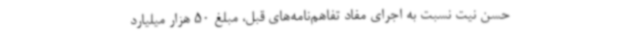
حسن نیت نسبت به اجرای مفاد تفاهم‌نامه‌های قبل، مبلغ 50 هزار میلیارد